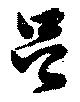
呂